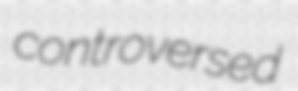
controversed